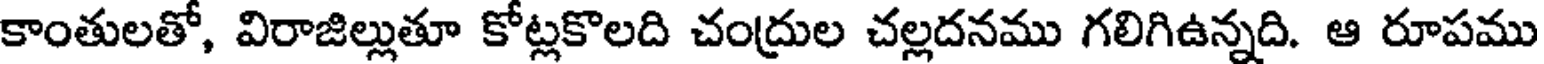
కాంతులతో, విరాజిల్లుతూ కోట్లకొలది చంద్రుల చల్లదనము గలిగిఉన్నది. ఆ రూపము